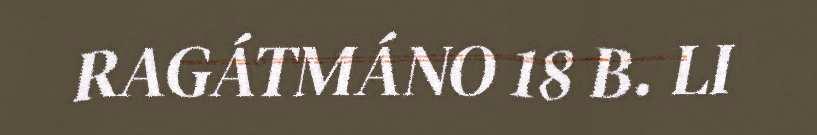
RAGÁTMÁNO 18 B. LI